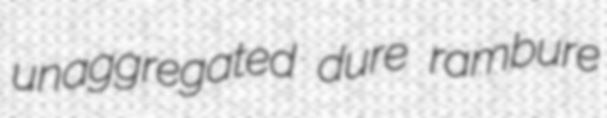
unaggregated dure rambure